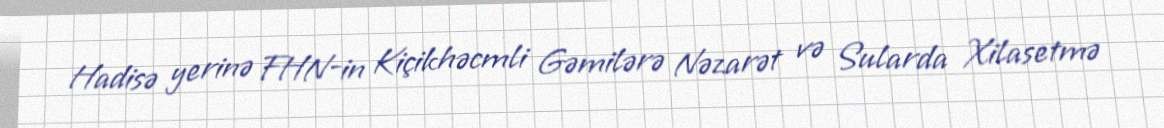
Hadisə yerinə FHN-in Kiçikhəcmli Gəmilərə Nəzarət və Sularda Xilasetmə